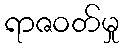
ရာဇဝတ်မှု